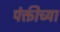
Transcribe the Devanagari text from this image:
पंक्तीच्या